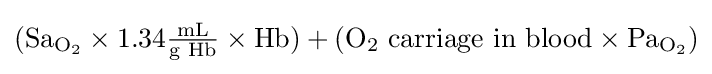
{\textstyle ({\text{Sa}}_{{\text{O}}_{2}}\times 1.34{\tfrac {\text{mL}}{\text{g Hb}}}\times {\text{Hb}})+({\text{O}}_{2}{\text{ carriage in blood}}\times {\text{Pa}}_{{\text{O}}_{2}})}